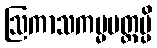
ဩကာသကမ္မမတ္တမ္ပိ